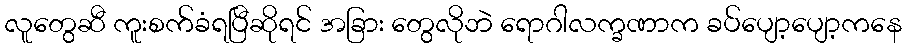
လူတွေဆီ ကူးစက်ခံရပြီဆိုရင် အခြား တွေလိုဘဲ ရောဂါလက္ခဏာက ခပ်ပျော့ပျော့ကနေ